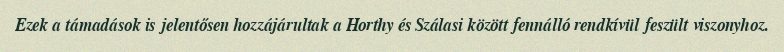
Ezek a támadások is jelentősen hozzájárultak a Horthy és Szálasi között fennálló rendkívül feszült viszonyhoz.